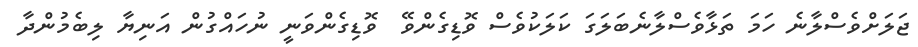
ޖަލަށްވެސްލާނެ ހަމަ ތަޅާވެސްލާނެބަލަގަ ކަލަކުވެސް ވޮޑިގެންވޭ  ވޮޑިގެންވަނީ ނުހައްގުން އަނިޔާ ލިބެމުންދާ